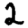
Digit: 2